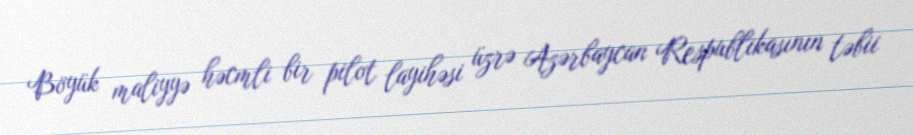
Böyük maliyyə həcmli bir pilot layihəsi üzrə Azərbaycan Respublikasının təbii